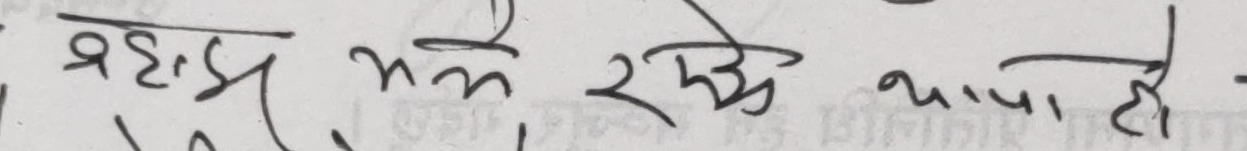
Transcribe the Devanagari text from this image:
बेडरूम भने रहे थापा छै